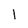
Character: l